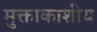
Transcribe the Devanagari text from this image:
मुक्ताकाशीय